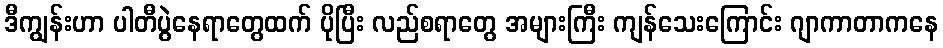
ဒီကျွန်းဟာ ပါတီပွဲနေရာတွေထက် ပိုပြီး လည်စရာတွေ အများကြီး ကျန်သေးကြောင်း ဂျာကာတာကနေ